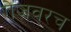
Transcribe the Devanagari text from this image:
गेजवरच